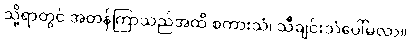
သို့ရာတွင် အတန်ကြာသည်အထိ စကားသံ၊ သီချင်းသံပေါ်မလာ။